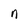
Character: n